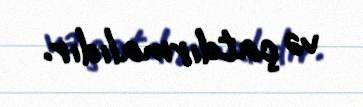
və çatdırmalıdır.